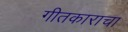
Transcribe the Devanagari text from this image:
गीतकाराचा